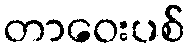
တာဝေးပစ်